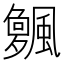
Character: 𱃌